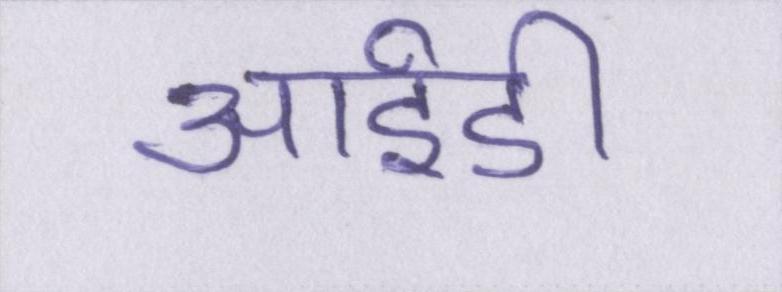
आईडी